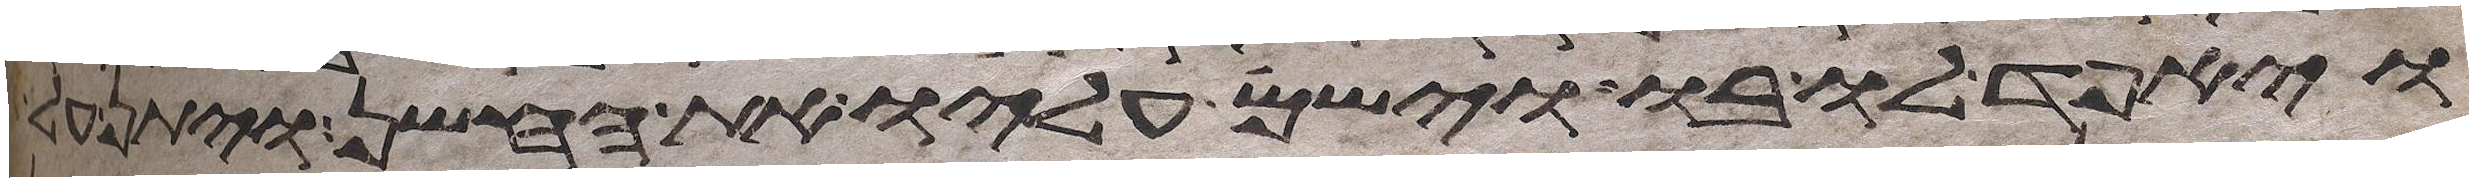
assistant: ויאפד לו בו וישם עליו את החשן ויתן